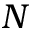
N